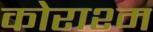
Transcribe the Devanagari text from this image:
कोराश्म